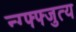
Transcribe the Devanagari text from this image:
न्ग्फ्फ्जुत्य